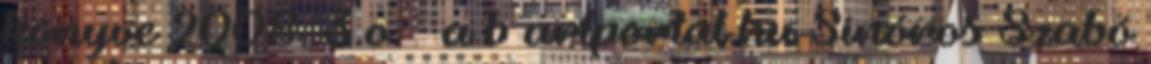
könyve 2008. 3.o. ↑ a b artportal.hu Sinóros Szabó